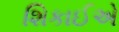
શિકાઈએ